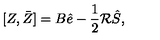
[ Z , \bar { Z } ] = B \hat { e } - \frac { 1 } { 2 } \mathcal R \hat { S } ,